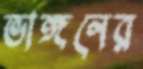
ভাঙ্গনের